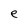
Character: e